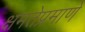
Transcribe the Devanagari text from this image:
क्षमतेप्रमाणे